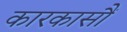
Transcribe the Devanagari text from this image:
कारकासौं